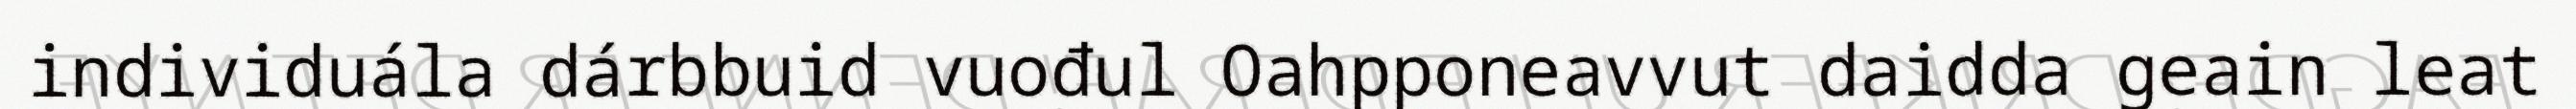
individuála dárbbuid vuođul Oahpponeavvut daidda geain leat